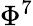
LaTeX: \Phi^{7}